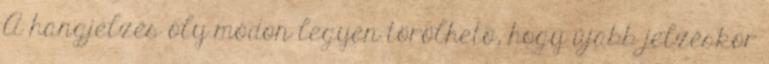
A hangjelzés oly módon legyen törölhetõ, hogy újabb jelzéskor